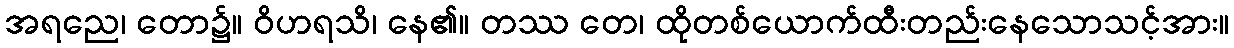
အရညေ၊ တော၌။ ဝိဟရသိ၊ နေ၏။ တဿ တေ၊ ထိုတစ်ယောက်ထီးတည်းနေသောသင့်အား။